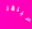
سيلفر